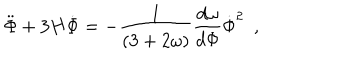
{ { \ddot { \Phi } + 3 H \dot { \Phi } = - { \frac { 1 } { ( 3 + 2 \omega ) } } { \frac { d \omega } { d \Phi } } \dot { \Phi } ^ { 2 } } \ \ , }